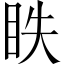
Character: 眣